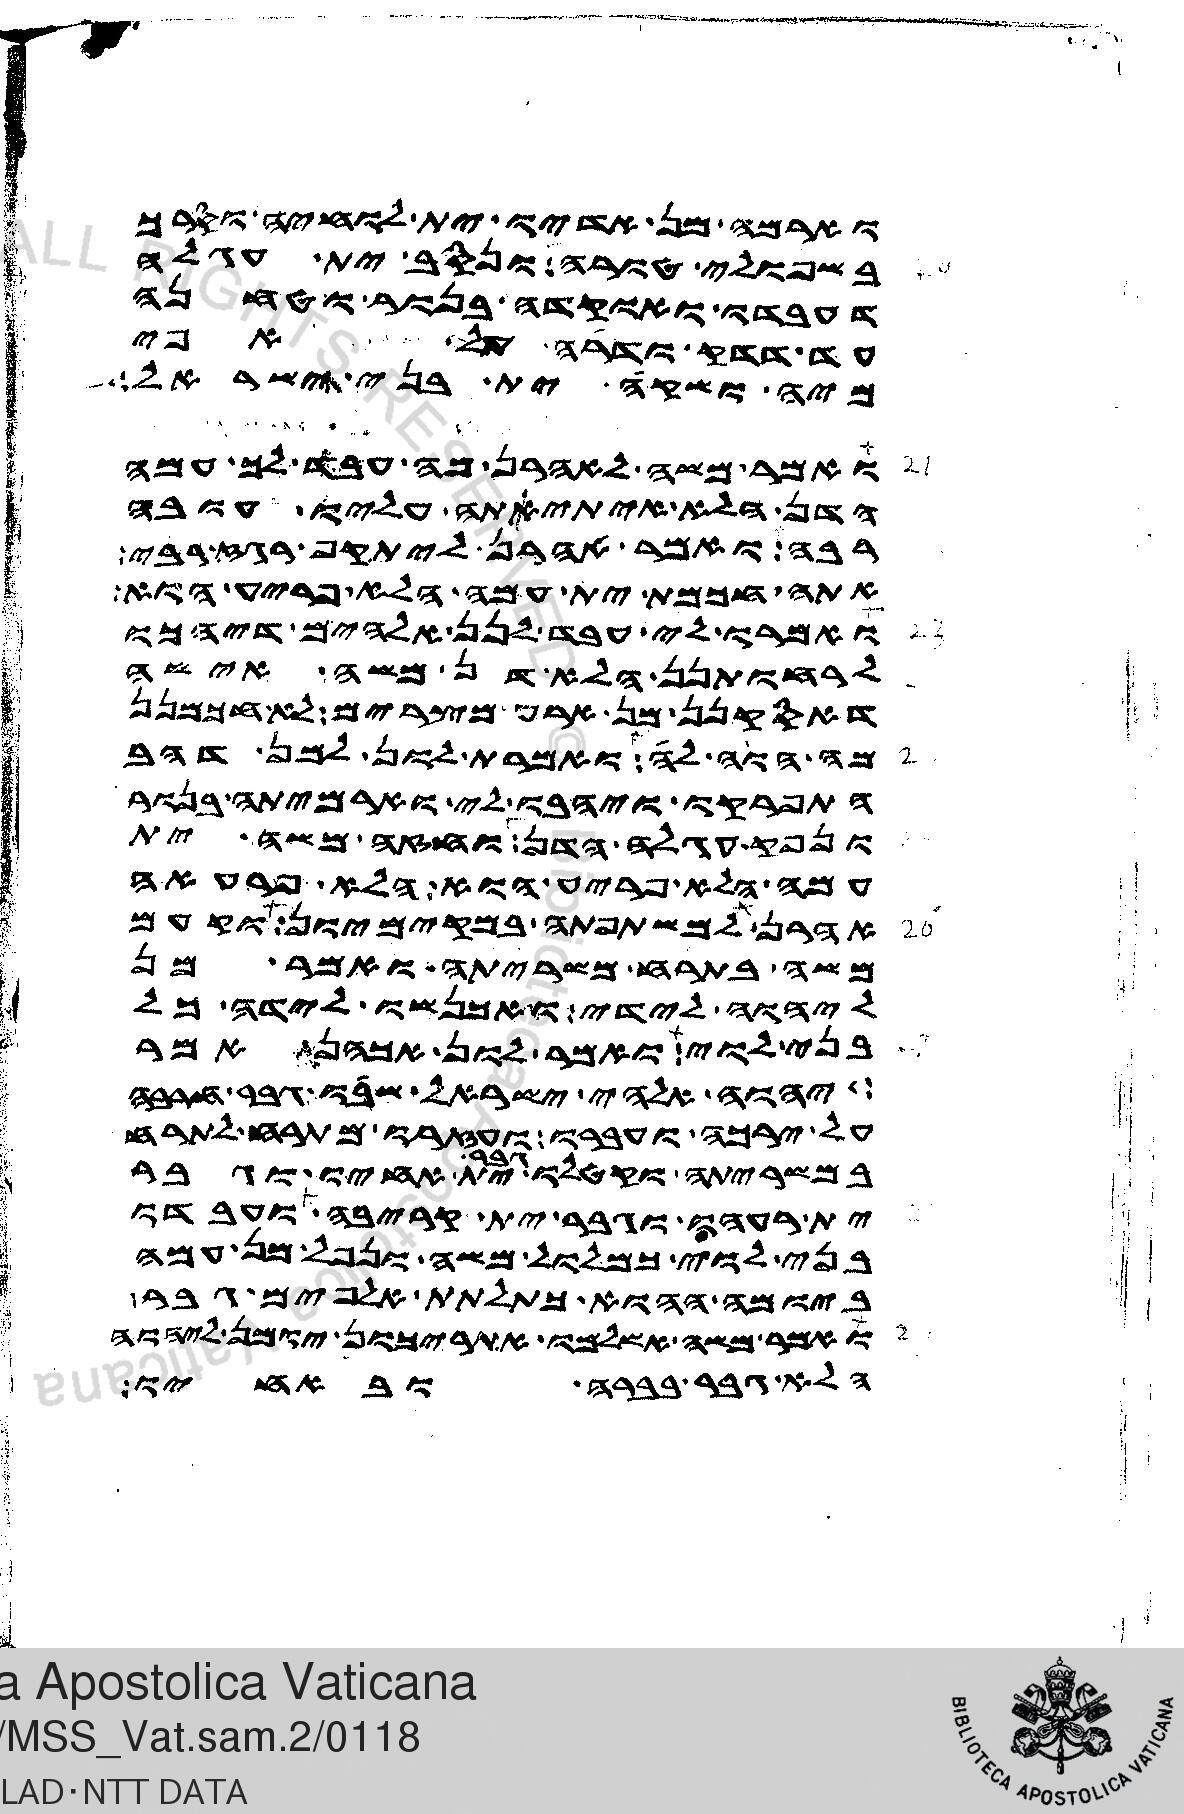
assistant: וארמה מן אדיו ית לוחיה וסרך
בשפולי טורה ונסב ית עגלה
דעבדו ואוקדה בנור וטחנה
עד דדק ודרה על אפי
מיה ושקה ית בני ישראל
ואמר משה לאהרן מה עבד לך עמה
הדן הלא איתיאתה עליו עובה
רבה ואמר אהרן ליתקף רגז רבי
אתה חכמת ית עמה הלא פריע הוא
ואמרו לי עבד לנן אלהים דיהכו
לרחותנן הלא דן משה אישה
דאסקנן מן ארע מצרים לא חכמנן
מה הוה לה ואמרת לון למן דהב
התפרקו ויהבו לי וארמיתה בנור
ונפק עגלה הדן וחזה משה ית
עמה הלא פריע הוא הלא פרעאה
אהרן למשתפתה במקימיון וקעם
משה בתרח משריתה ואמר מן
ליהוה לידי ואתכנשו לידה כל
בני לוי ואמר לון אכהן אמר
יהוה אלהי ישראל שבו גבר חרבה
על ירכה ועברו ועזרו מתרח לתרח
במשריתה וקטלו גבר ית אחיו וגבר
ית רעהו וגבר ית קריבה ועבדו
בני לוי כמלול משה ונפל מן עמה
ביומה ההוא כתלתת אלפים גבר
ואמר משה אשלמו אתריכון יומן ליהוה
הלא גברה בברה ובאחיו